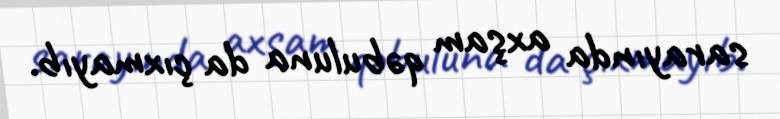
sarayında axşam qəbuluna da çıxmayıb.